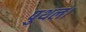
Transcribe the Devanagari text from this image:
पुथल।